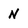
Character: n